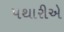
પથારીએ